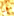
أنا